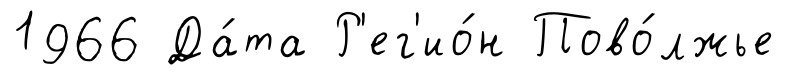
1966 Да́та Р'ег'ио́н Пово́лжье